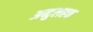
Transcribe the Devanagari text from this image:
अब्दुलहक